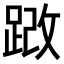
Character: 𫏍